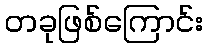
တခုဖြစ်ကြောင်း